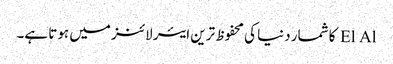
El Al کا شمار دنیا کی محفوظ ترین ایئر لائنز میں ہوتا ہے۔